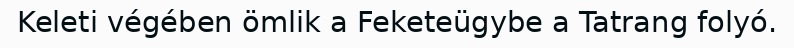
Keleti végében ömlik a Feketeügybe a Tatrang folyó.